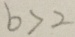
b > 2